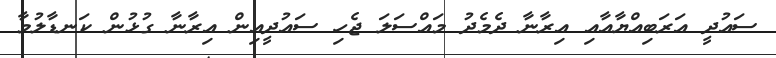
ސައުދީ އަރަބިއްޔާއާއި އިރާނާ ދެމެދު މައްސަލަ ޖެހި ސައުދީއިން އިރާނާ ގުޅުން ކަނޑާލުމާ